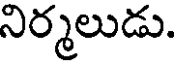
నిర్మలుడు.